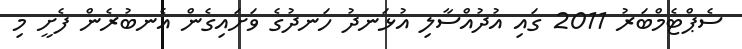
ސެޕްޓެމްބަރު 2011 ގައި އުދުއްސާލި އުޅަނދު ހަނދުގެ ވަށައިގެން އެނބުރެން ފެށީ މި